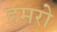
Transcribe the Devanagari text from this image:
हमरो